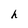
Character: h